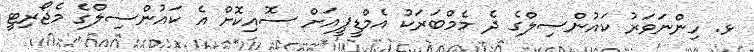
ޅ. ހިންނަވަރު ކައުންސިލްގެ ދެ މެމްބަރަކު އެމްޑީޕީއަށް ސޮއިކޮށް އެ ކައުންސިލްގެ މެޖޯރިޓީ